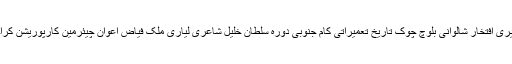
ادب اسٹریٹ لائبریری افتخار شالوانی بلوچ چوک تاریخ تعمیراتی کام جنوبی دورہ سلطان خلیل شاعری لیاری ملک فیاض اعوان چیئرمین کارپوریشن کراچی کمشنر کراچی